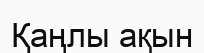
Қаңлы ақын